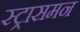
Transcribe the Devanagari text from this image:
स्ट्रासमन